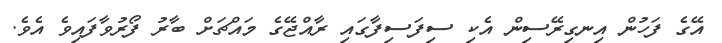
އޭގެ ފަހުން އިނގިރޭސިން އެކި ސިފަސިފާގައި ރާއްޖޭގެ މައްޗަށް ބާރު ފޯރުވާފައިވެ އެވެ.